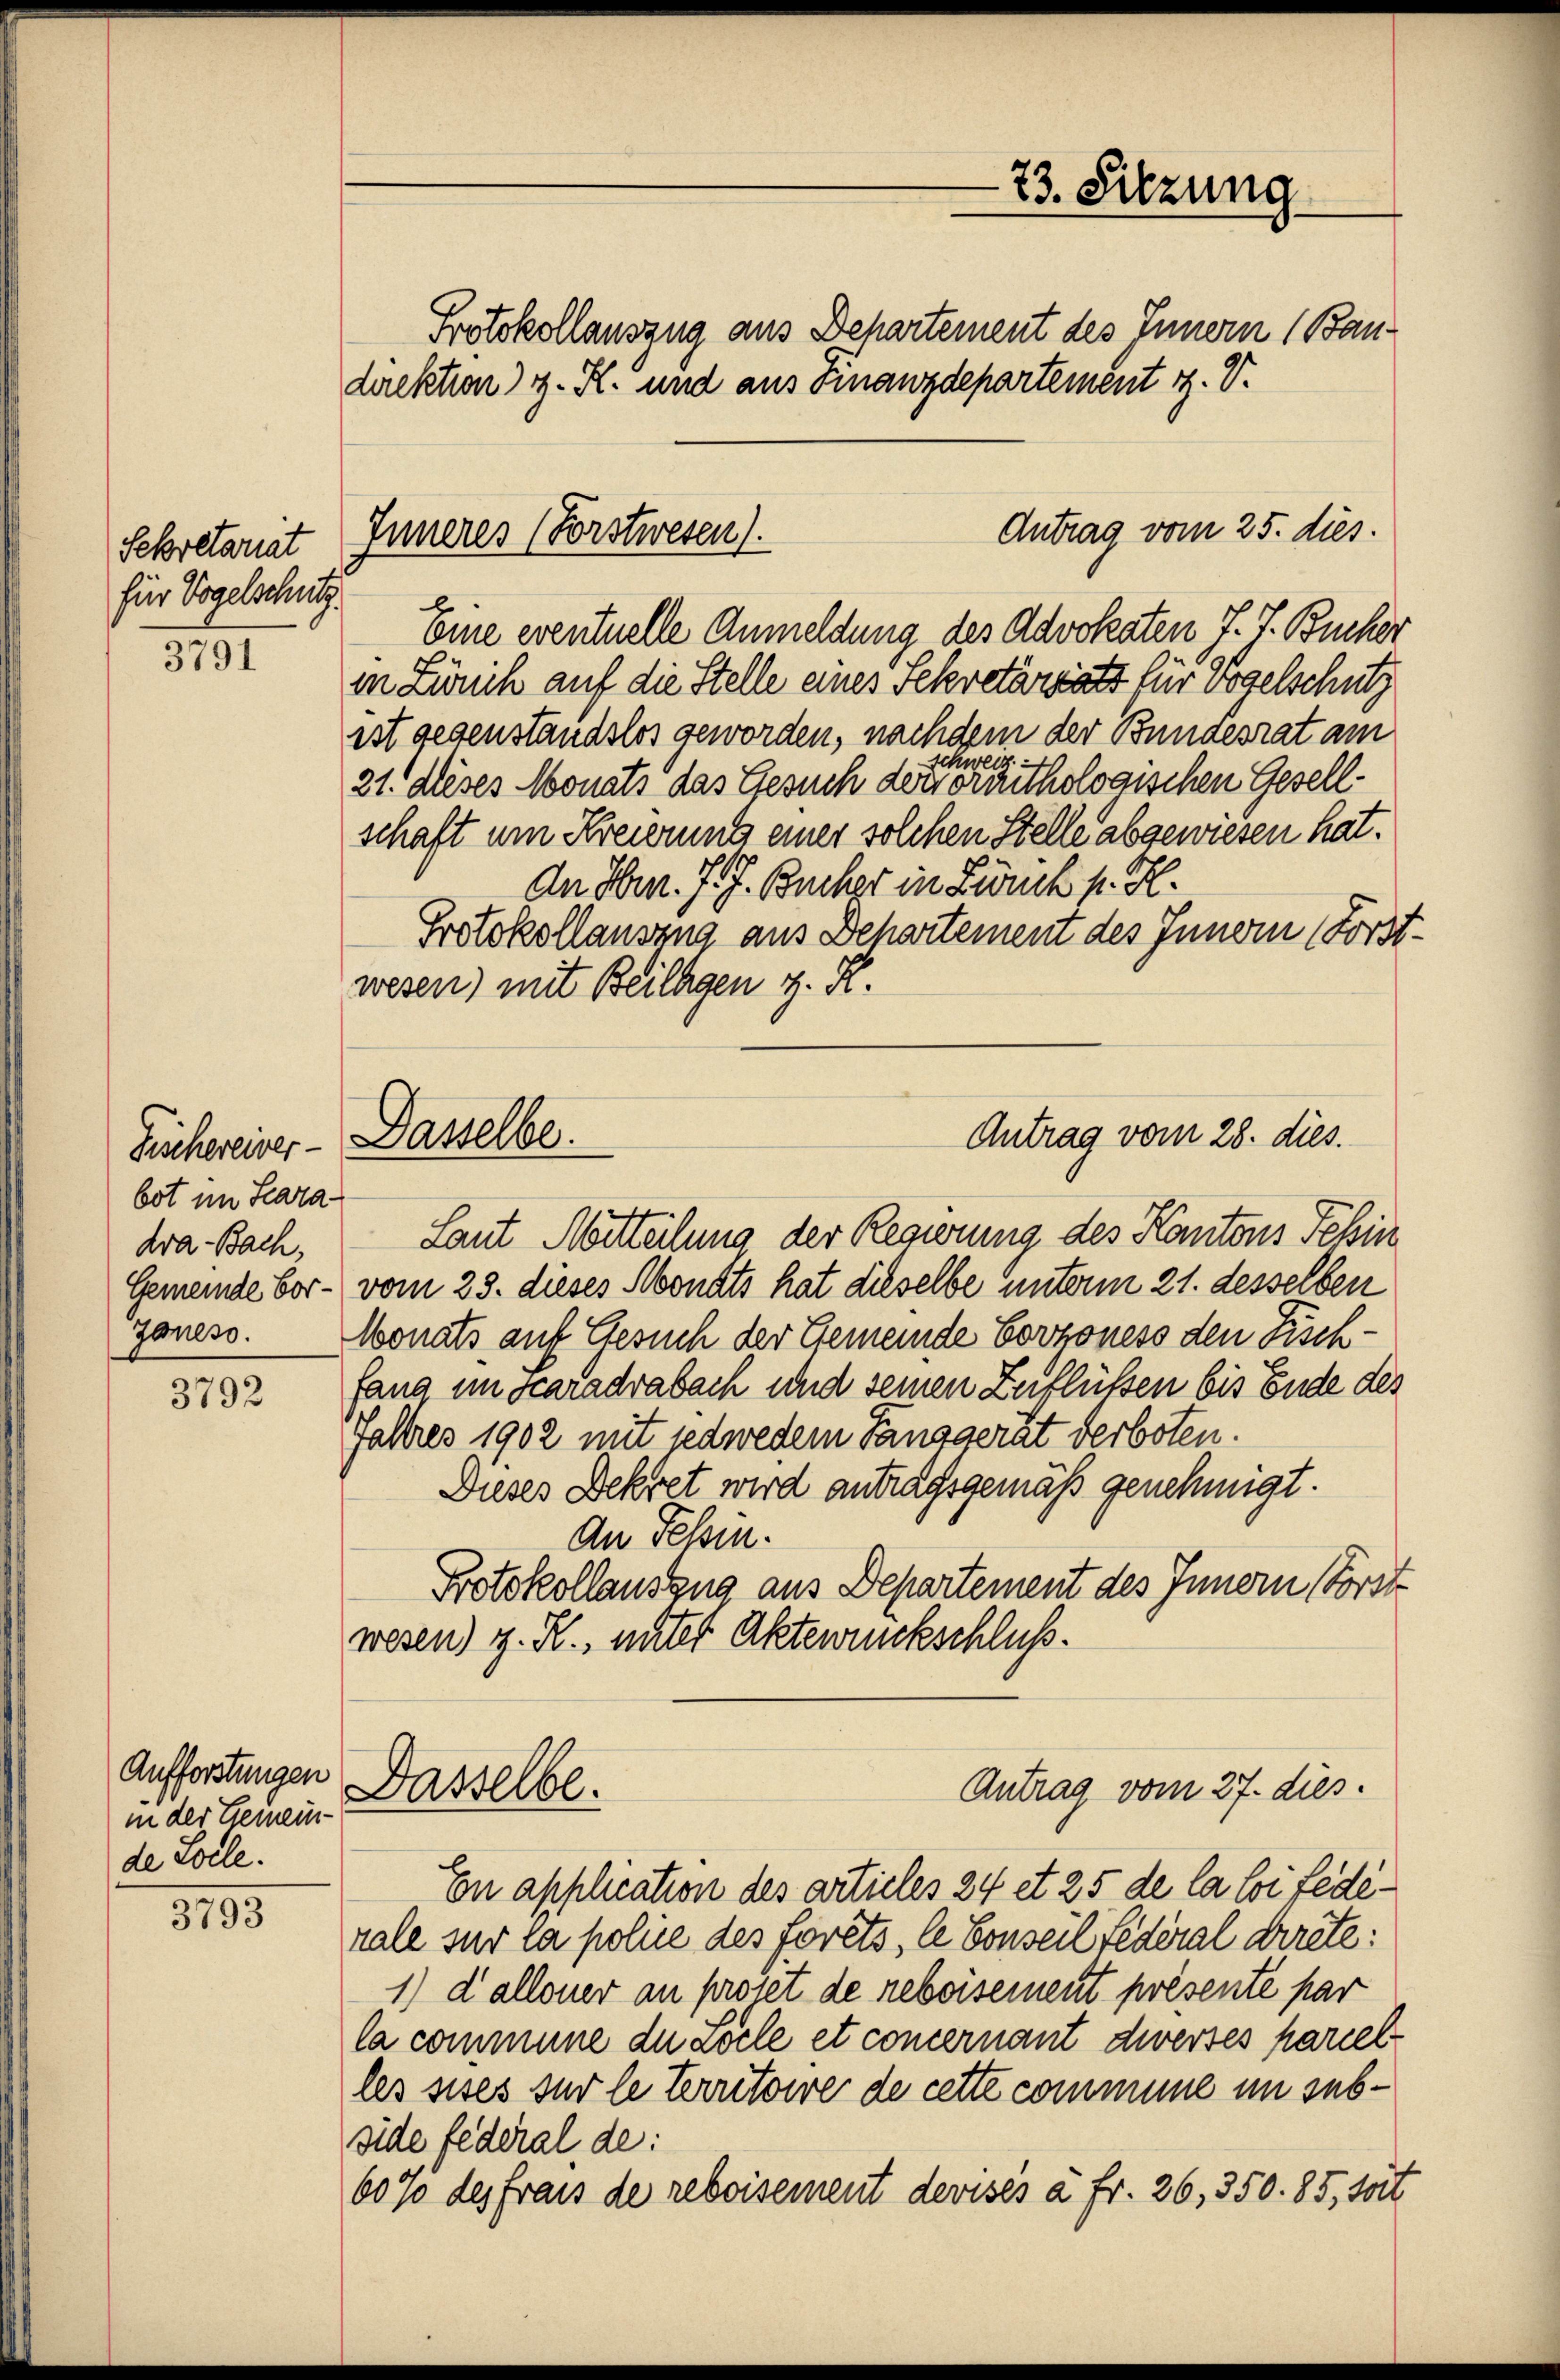
Sekretariat
für Vogelschutz.

3791

bot im Scara¬
Kra-Bach,
Gemeinde Vor-
Joness.

3792

Aufforstungen
in der Gemein-
de Solle.

3793

Protokollauszug aus Behartement des Innern (Bandirektion v. R. und aus Finanzdepartement 1. V.
Antrag vom 25. dies.
Eine eventuelle Anmeldung des Advokaten J. J. Bücher
in Zürich auf die Stelle eines Sekretariat für Vogelschutz
ist gegenstandslos geworden, nachdem der Bundesrat am
f
schwe
21. dieses Monats das Gesuch dem oraithologischen Gesellschaft um Kreierung einer solchen Stelle abgewiesen hat.
An Hrn. J. J. Bücher in Zweck pr. H.
Protokollausung aus Departement des Innern (Forst
wesen) mit Beilagen z. R.
Laut Mitteilung der Regierung des Kantons Schin
vom 23. dieses Monats hat dieselbe unterm 21. desselben
Wonats auf Gesuch der Gemeinde Covzoness den Fischfang in scaradrabach und seinen Zuflüssen bis Ende des
Faltres 1902 mit jedwedem Landgerät verboten.
Dieses Bekret wird antragsgemäß genehmigt.
An Fessen.
Protokollauszug aus Departement des Innern Forst
wesen) z. R., unter Aktenrückschluß.
Antrag vom 27. dies.
Dasselbe.
En application des articles 24 et 25 de la loi fédérale sur la polie des forêts, le Conseil Federal direte:
1) dalloner an projet de rebersement présente par
la commune du aocle et concernant diversés parielles sises sur le territoire de cette commune im subside federal de:
60 10 des frais de reboisement devises à Fr. 26, 350. 85, soit

Inneres (Forstwesen).

Fischereiner - Dasselbe.

73. Sitzung.

Antrag vom 28. dies.